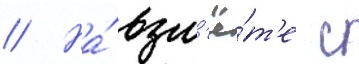
// На́ взл'ё́т'е с